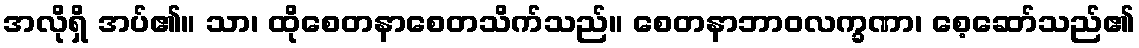
အလိုရှိ အပ်၏။ သာ၊ ထိုစေတနာစေတသိက်သည်။ စေတနာဘာဝလက္ခဏာ၊ စေ့ဆော်သည်၏